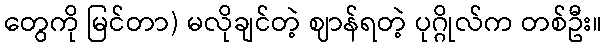
တွေကို မြင်တာ) မလိုချင်တဲ့ ဈာန်ရတဲ့ ပုဂ္ဂိုလ်က တစ်ဦး။